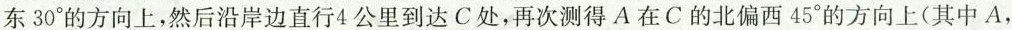
东30°的方向上，然后沿岸边直行4公里到达C处，再次测得A在C的北偏西45°的方向上(其中A，